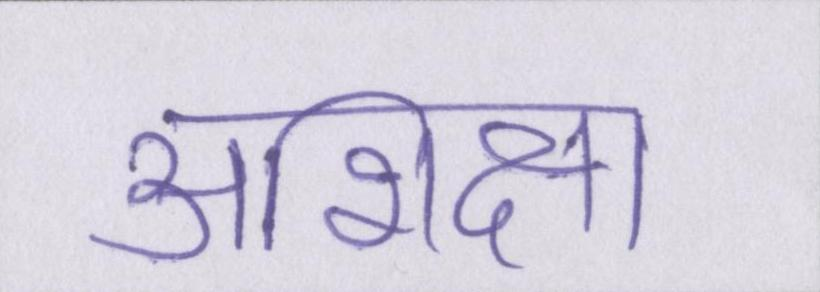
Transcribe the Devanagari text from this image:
अशिक्षा